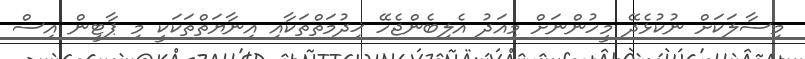
މިސާލަކަށް ނުކުޅެދޭ މީހުންނަށް މިއަދު އެލިބެންޖެހޭ ޚިދުމަތްތަކާއި އިނާޔަތްތަކަކީ މި ޕާޓީން އިސް